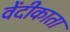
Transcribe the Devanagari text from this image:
वेंदीकाता